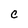
Character: C